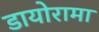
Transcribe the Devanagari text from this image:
डायोरामा